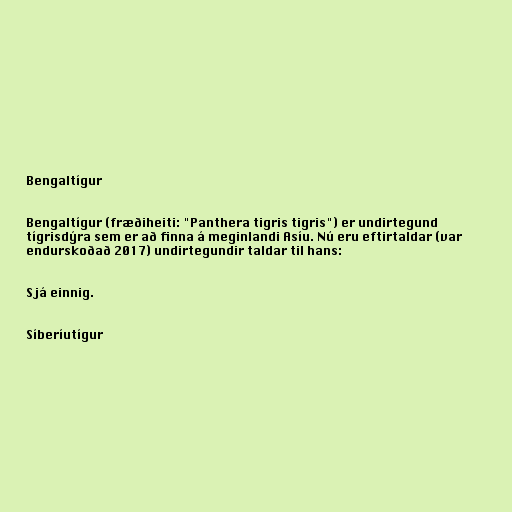
Bengaltígur

Bengaltígur (fræðiheiti: "Panthera tigris tigris") er undirtegund
tígrisdýra sem er að finna á meginlandi Asíu. Nú eru eftirtaldar (var
endurskoðað 2017) undirtegundir taldar til hans:

Sjá einnig.

Síberíutígur